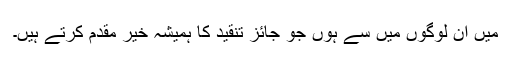
میں ان لوگوں میں سے ہوں جو جائز تنقید کا ہمیشہ خیر مقدم کرتے ہیں۔